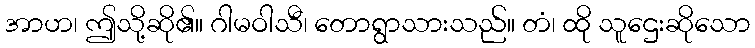
အာဟ၊ ဤသို့ဆို၏။ ဂါမဝါသီ၊ တောရွာသားသည်။ တံ၊ ထို သူဌေးဆိုသော